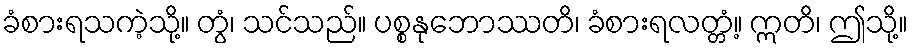
ခံစားရသကဲ့သို့။ တွံ၊ သင်သည်။ ပစ္စနုဘောဿတိ၊ ခံစားရလတ္တံ့။ ဣတိ၊ ဤသို့။